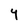
Character: Y